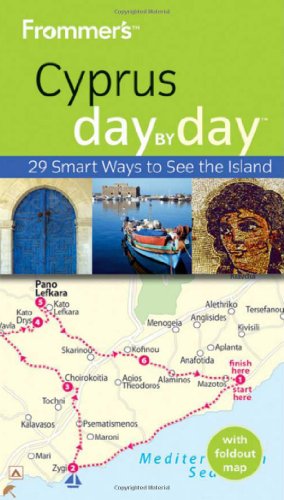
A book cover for Frommer's Cyprus Day By Day (Frommer's Day by Day - Pocket); Sue Bryant; Travel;